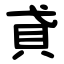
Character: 貣